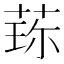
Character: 𬝍